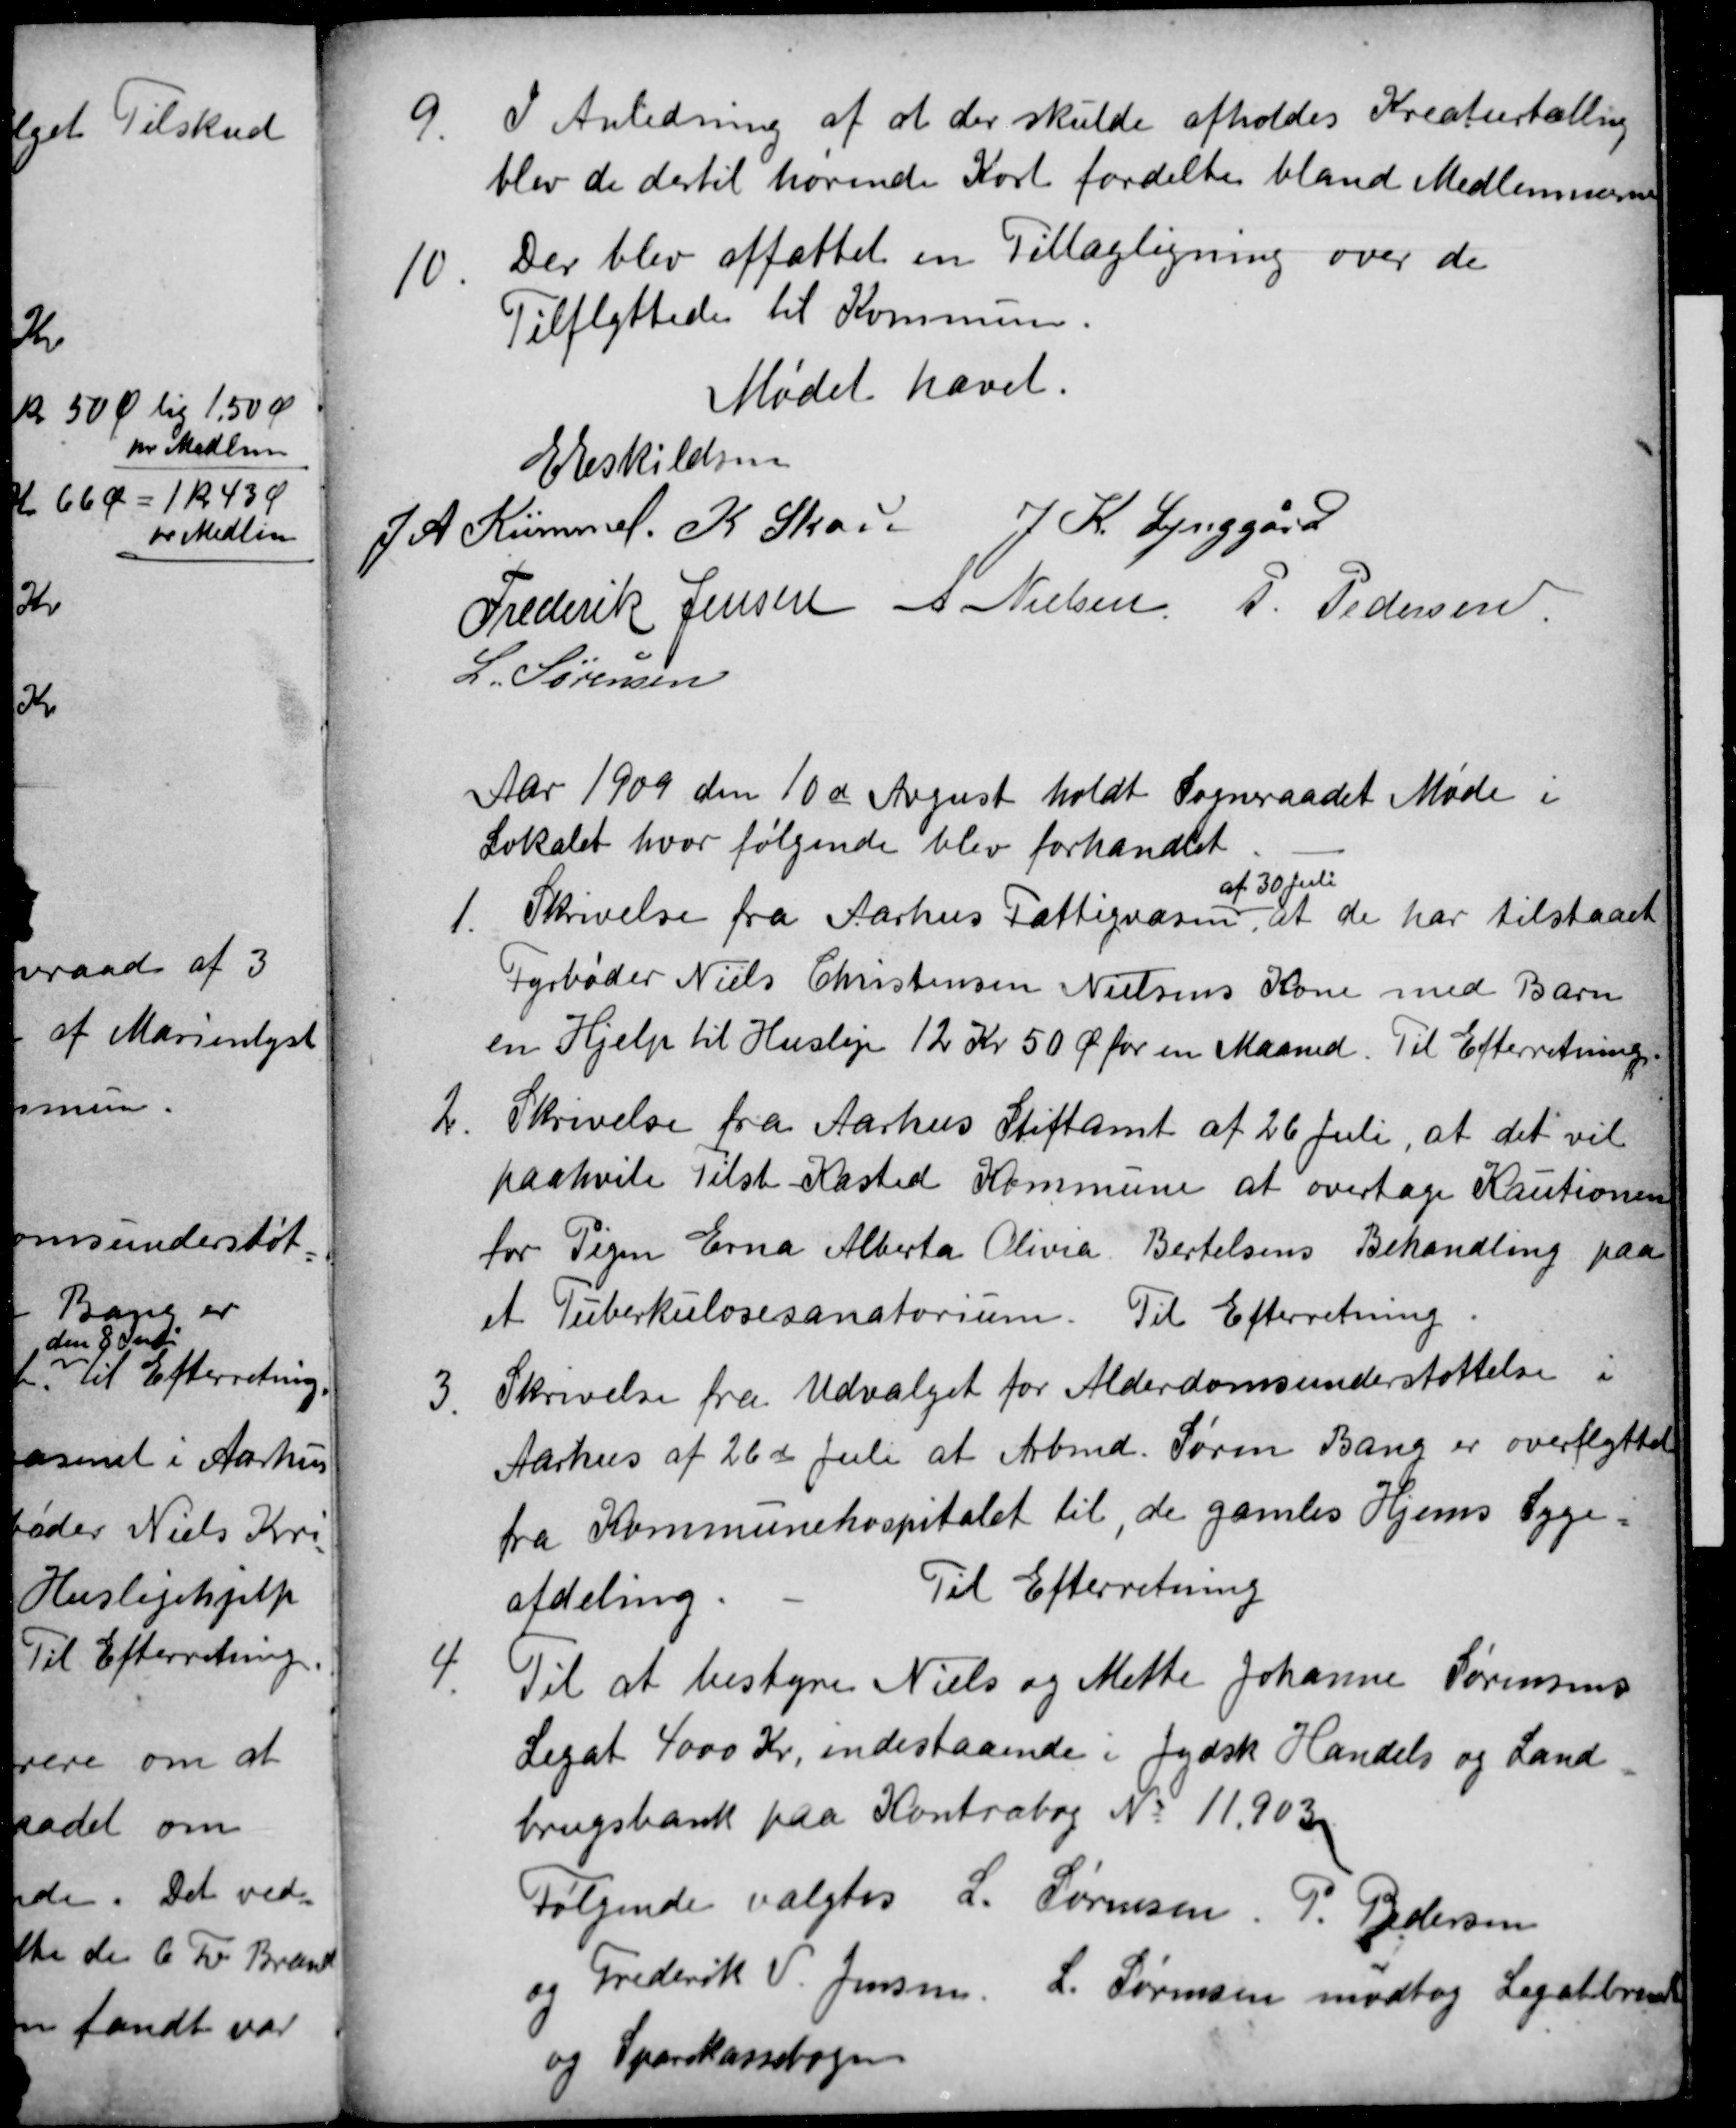
Transskription:
9
I Anledning af at der skulde afholdes Kreaturtælling
blev de dertil hørende Kort fordelte bland Medlemmerne
10.
Der blev affattet en Tillægligning over de
Tilflyttede til Kommunen.
Mødet hævet.
E Eskildsen
J A Kümmel. K Skou J. K. Lynggård
Frederik Jensen A Nielsen P. Pedersen
L. Sørensen
Aar 1909 den 10de August holdt Sogneraadet Møde i
Lokalet hvor følgende blev forhandlet
1.
Skrivelse fra Aarhus Fattigvæsen
af 30 Juli
at de har tilstaaet
Fyrbøder Niels Christensen Nielsens Kone med Barn
en Hjælp til Husleje 12 Kr 50 Ø for en Maaned. Til Efterretning.
2.
Skrivelse fra Aarhus Stiftamt af 26 Juli, at det vil
paahvile Tilst Kasted Kommune at overtage Kautionen
for Pigen Erna Alberta Olivia Bertelsens Behandling paa
et Tuberkulosesanatorium. Til Efterretning
3.
Skrivelse fra Udvalget for Alderdomsunderstøttelse i
Aarhus af 26de Juli at Arbmd. Søren Bang er overflyttet
fra Kommunehospitalet til, de gamles Hjems Syge
afdeling
Til Efterretning
4.
Til at bestyre Niels og Mette Johanne Sørensens
Legat 4000 Kr, indestaaende i Jydsk Handels og Land
brugsbank paa Kontrabog № 11.903
Følgende valgtes L. Sørensen. P. Pedersen
og
Frederik V. Jensen, L. Sørensen modtog Legatbrevet
og Sparekassebogen